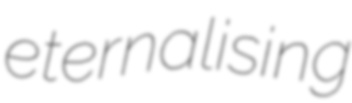
eternalising